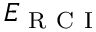
E _ { \mathrm { ~ R ~ C ~ I ~ } }